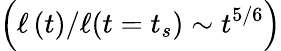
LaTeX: \left(\ell\left(t\right)/\ell(t=t_{s})\sim t^{5/6}\right)